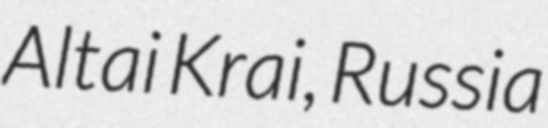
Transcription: Altai Krai, Russia